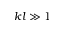
k l \gg 1